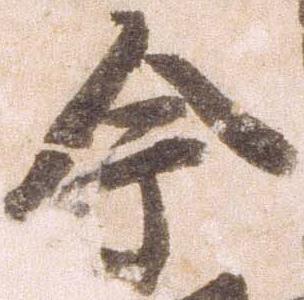
今